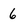
Character: 6